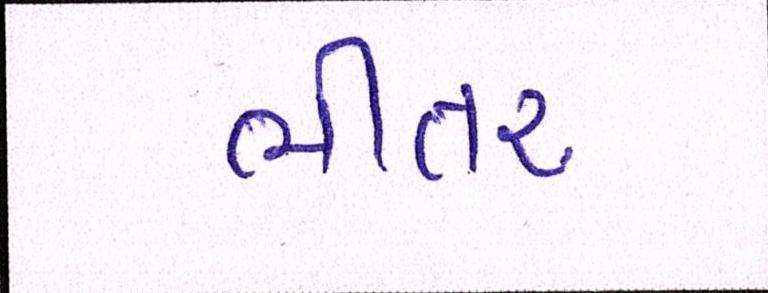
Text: ભીતર